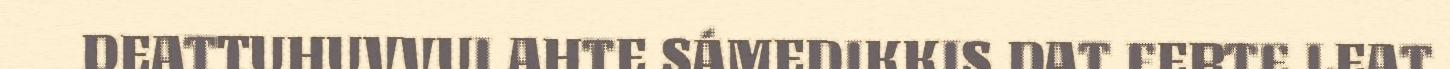
DEATTUHUVVUI AHTE SÁMEDIKKIS DAT FERTE LEAT